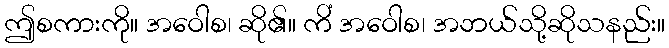
ဤစကားကို။ အဝေါစ၊ ဆို၏။ ကိံ အဝေါစ၊ အဘယ်သို့ဆိုသနည်း။